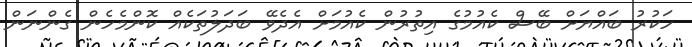
ހަކުރު ބައްޔަށް ބޭސް ކެއުމުގެ އިތުރުން ކެއުމަށް އެދެވޭ ބަދަލުތަކެއް ކޮންމެހެން ގެންނަން